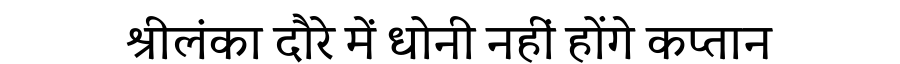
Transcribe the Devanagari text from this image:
श्रीलंका दौरे में धोनी नहीं होंगे कप्तान